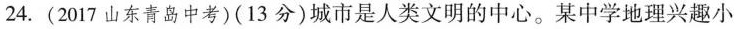
24.(2017山东青岛中考)(13分)城市是人类文明的中心。某中学地理兴趣小